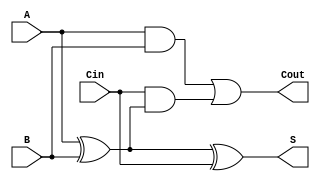
module FullAdder (
    input wire A,    // First significant bit
    input wire B,    // Second significant bit
    input wire Cin,  // Carry-in bit
    output wire S,   // Sum output
    output wire Cout // Carry-out output
);

// Behavioral description of the Full Adder
assign S = A ^ B ^ Cin; // Sum output
assign Cout = (A & B) | (Cin & (A ^ B)); // Carry-out output

endmodule